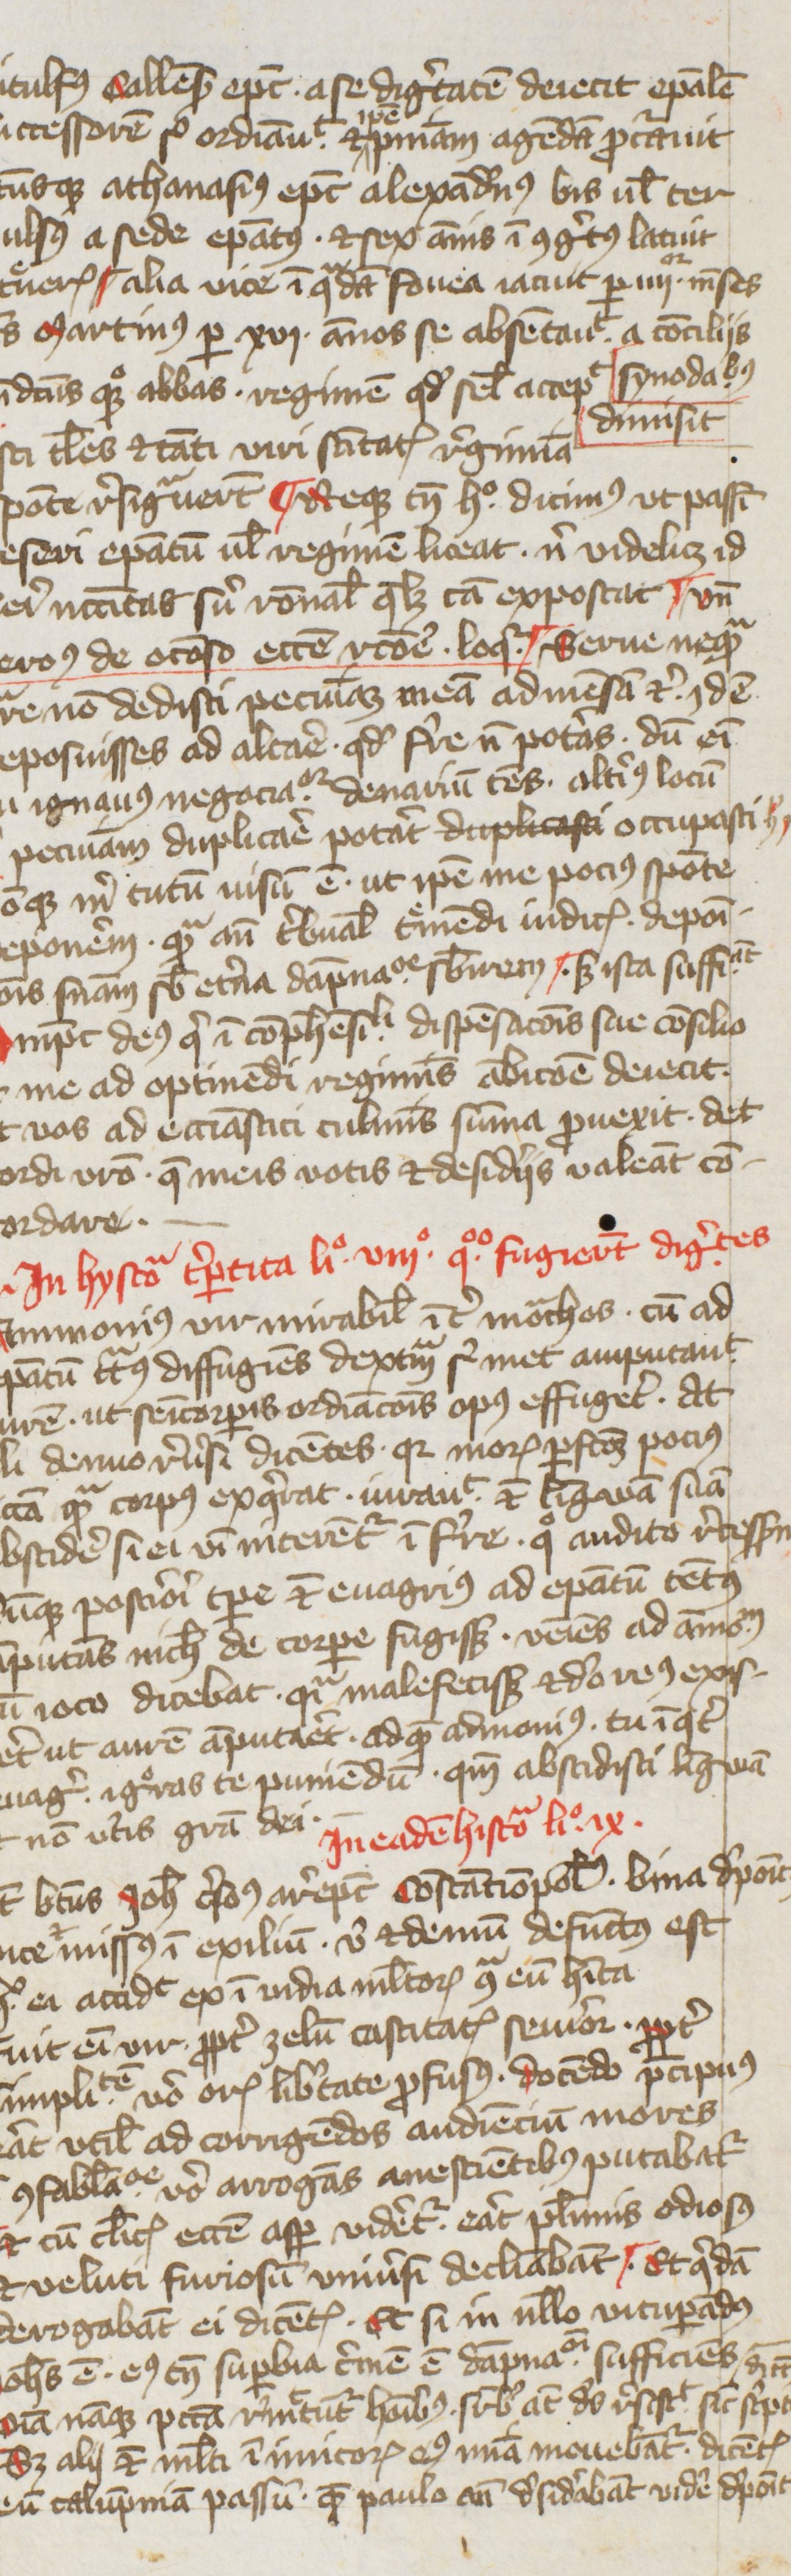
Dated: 1400–1424